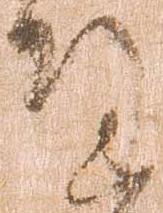
達